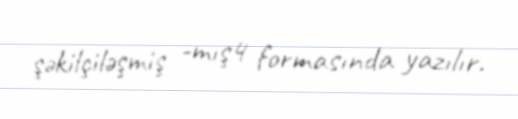
şəkilçiləşmiş -mış4 formasında yazılır.